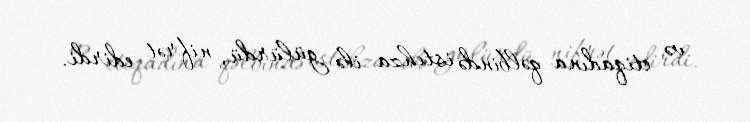
və etiqadına qəlbində istehza ilə gülürdü, nifrət edirdi.